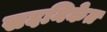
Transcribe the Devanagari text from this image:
सदनिकेत